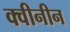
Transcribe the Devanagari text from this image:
क्वीनीन